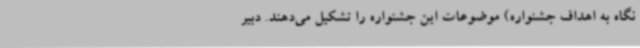
نگاه به اهداف جشنواره) موضوعات این جشنواره را تشکیل می‌دهند. دبیر